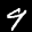
Label: 9